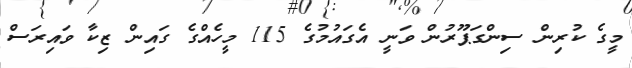
މީގެ ކުރިން ސިންގަޕޫރުން ވަނީ އެގައުމުގެ 115 މީހެއްގެ ގައިން ޒިކާ ވައިރަސް